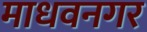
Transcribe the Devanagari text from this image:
माधवनगर